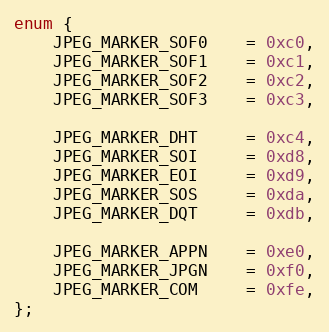
Language: C
enum {
    JPEG_MARKER_SOF0    = 0xc0,
    JPEG_MARKER_SOF1    = 0xc1,
    JPEG_MARKER_SOF2    = 0xc2,
    JPEG_MARKER_SOF3    = 0xc3,

    JPEG_MARKER_DHT     = 0xc4,
    JPEG_MARKER_SOI     = 0xd8,
    JPEG_MARKER_EOI     = 0xd9,
    JPEG_MARKER_SOS     = 0xda,
    JPEG_MARKER_DQT     = 0xdb,

    JPEG_MARKER_APPN    = 0xe0,
    JPEG_MARKER_JPGN    = 0xf0,
    JPEG_MARKER_COM     = 0xfe,
};